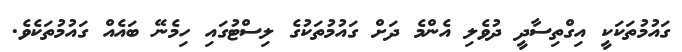
ގައުމުތަކަކީ އިގްތިސާދީ ދުވެލި އެންމެ ދަށް ގައުމުތަކުގެ ލިސްޓުގައި ހިމެނޭ ބައެއް ގައުމުތަކެވެ.